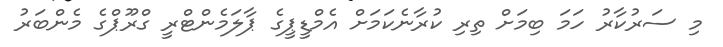
މި ސަރުކާރު ހަމަ ބިމަށް ތިރި ކުރާނެކަމަށް އެމްޑީޕީގެ ޕާލަމެންޓްރީ ގްރޫޕްގެ މެންބަރު